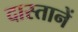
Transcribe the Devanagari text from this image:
दास्तानें